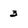
Character: 3